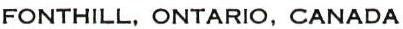
FONTHILL, ONTARIO, CANADA